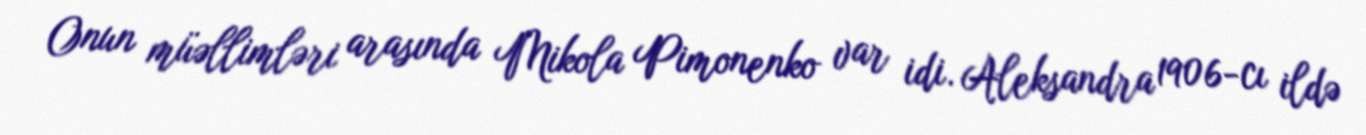
Onun müəllimləri arasında Mikola Pimonenko var idi. Aleksandra 1906-cı ildə